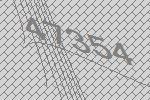
47354